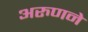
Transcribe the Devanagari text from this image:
अरुणने